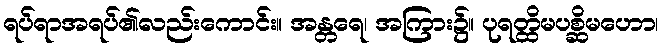
ရပ်ရာအရပ်၏လည်းကောင်း။ အန္တရေ၊ အကြား၌။ ပုရတ္ထိမပစ္ဆိမဟော၊